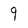
Character: 9